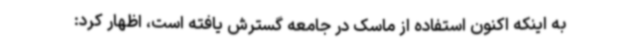
به اینکه اکنون استفاده از ماسک در جامعه گسترش یافته است، اظهار کرد: